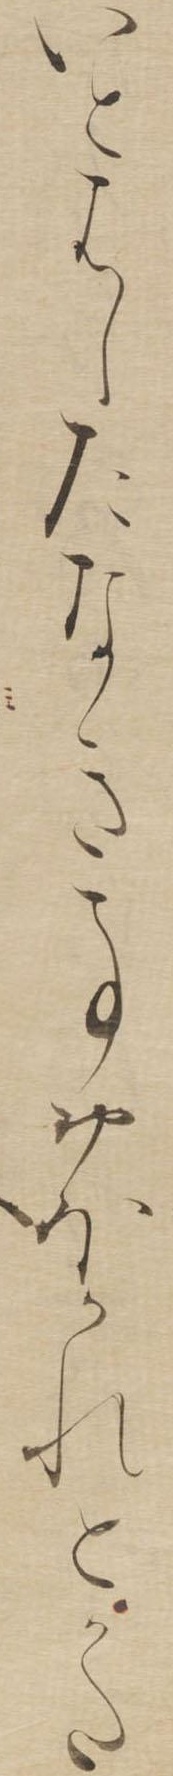
いとはしたなき事おほかれとかた